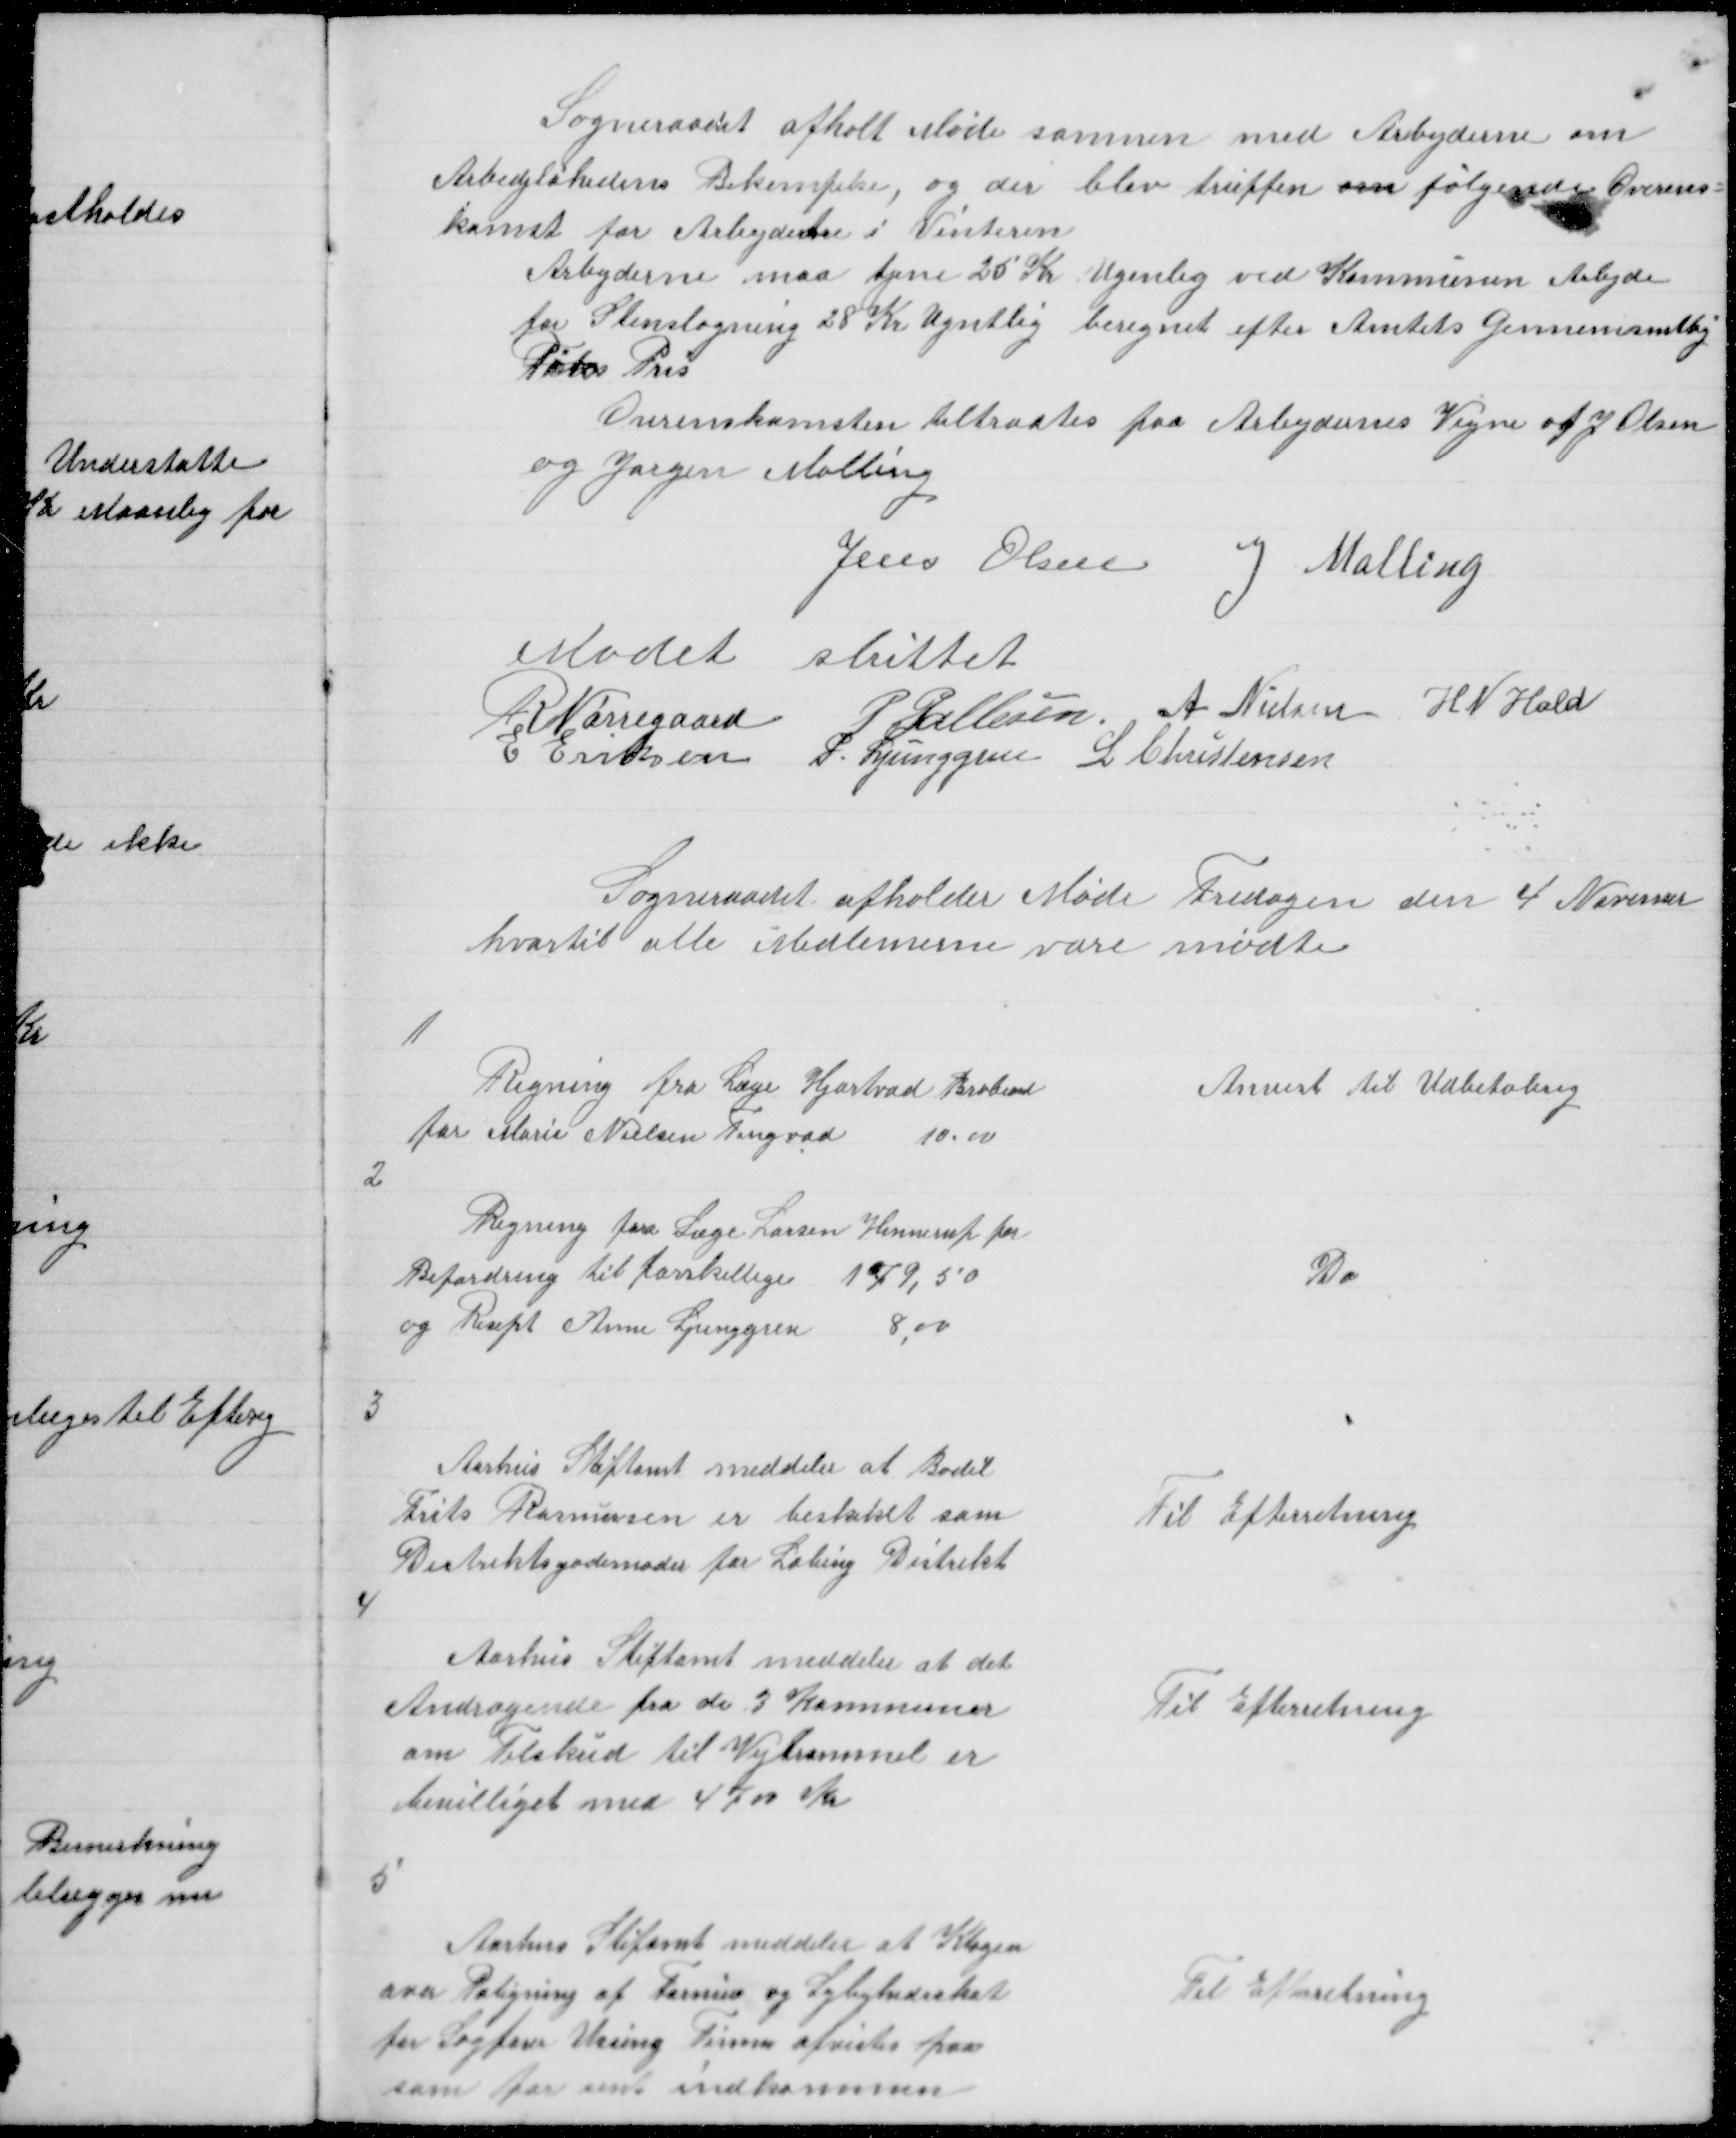
Transskription:
Sogneraadet afholt Møde sammen med Arbejderne om
Arbedjløshedens Bekempelse, og der blev truffen om følgende Overens =
komst for Arbejderne i Vinteren
Arbejderne maa tjene 28 Kr Ugenlig ved Kommunen Arbejde
for Stenslagning 28 Kr Ugntlig beregnet efter Amtets gennemsnitlig
Pris
Overenskomsten tiltraates paa Arbejdernes Vejne af J Olsen
og Jørgen Malling

Jens Olsen J Malling

Modet sluttet
R Nørregaard
P Pallesen A Nielsen H N Hald
E Eriksen P Ljunggren L Christensen

Sogneraadet afholder Møde Fredagen den 4 November
hvortil alle Medlemerne vare mødte

1
Regning fra Læge Hjortvad Brabrand
for Marie Nielsen Tingvad
10,00

Anvist til Udbetaling

2

Regning fra Læge Larsen Hinnerup for
Befordring til forskellige
179,50
og Resept Anne Ljunggren
8,00

Do

3

Aarhus Stiftamt meddeler at Bodil
Frits Andersen er beskiket som
Distriktsjordemoder for Labing Distrikt

Til Efterretning

4

Aarhus Stiftamt meddeler at det
Andragende fra de 3 Kommuner
om Tilskud til Vejtrommel er
bevilliget med 4700 Kr

Til Efterretning

5

Aarhus Stiftamt meddeler at Klagen
over Paligning af Formue og Lejlighedsskat
for Sagfører Ussing Timm afvistes paa
som for sent indkommen

Til Efterretning